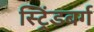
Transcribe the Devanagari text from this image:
स्ट्रिंडबर्ग